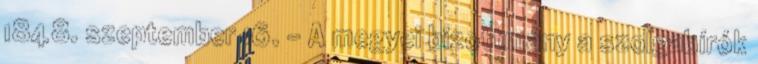
1848. szeptember 16. – A megyei bizottmány a szolgabírók